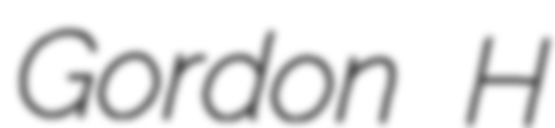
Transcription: Gordon H